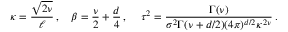
\kappa = \frac { \sqrt { 2 \nu } } { \ell } \, , \quad \beta = \frac { \nu } { 2 } + \frac { d } { 4 } \, , \, \quad \tau ^ { 2 } = \frac { \Gamma ( \nu ) } { \sigma ^ { 2 } \Gamma ( \nu + d / 2 ) ( 4 \pi ) ^ { d / 2 } \kappa ^ { 2 \nu } } \, .